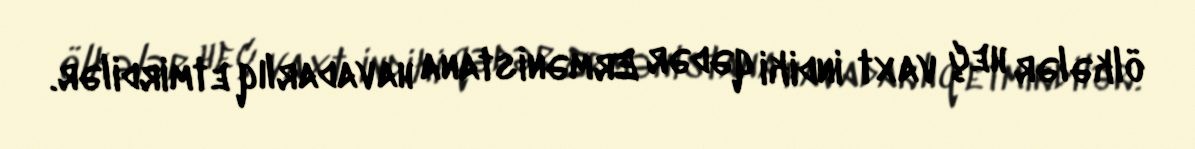
ölkələr heç vaxt indiki qədər Ermənistana havadarlıq etmirdilər.